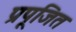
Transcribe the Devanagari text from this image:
प्रपूजित